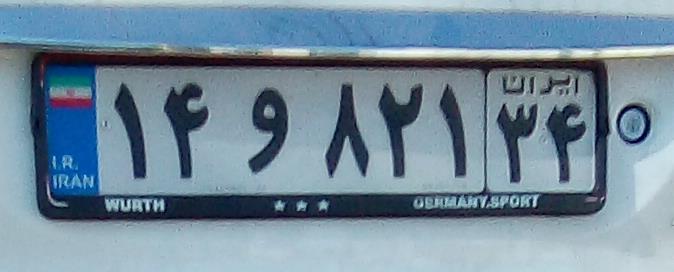
۱۴و۸۲۱۳۴